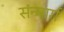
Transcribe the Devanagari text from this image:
संन्मार्ग